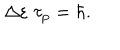
\Delta \varepsilon \; \tau _ { \mathrm { p } } = \hbar .